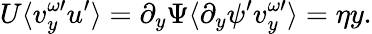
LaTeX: U\langle v_{y}^{\omega\prime}u^{\prime}\rangle=\partial_{y}\Psi\langle\partial_{y}\psi^{\prime}v_{y}^{\omega\prime}\rangle=\eta y.